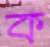
ক